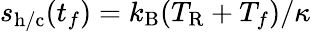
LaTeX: s_{\mathrm{h/c}}(t_{f})=k_{\mathrm{B}}(T_{\mathrm{R}}+T_{f})/\kappa